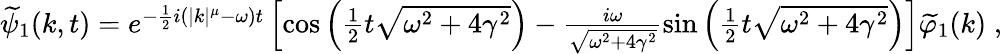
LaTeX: \begin{array}{r}{\widetilde{\psi}_{1}(k,t)=e^{-\frac{1}{2}i\left(|k|^{\mu}-\omega\right)t}\left[\cos\left(\frac{1}{2}t\sqrt{\omega^{2}+4\gamma^{2}}\right)-\frac{i\omega}{\sqrt{\omega^{2}+4\gamma^{2}}}\sin\left(\frac{1}{2}t\sqrt{\omega^{2}+4\gamma^{2}}\right)\right]\widetilde{\varphi}_{1}(k)\; ,}\end{array}